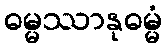
ဓမ္မဿာနုဓမ္မံ